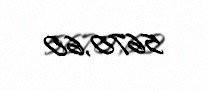
5670,60